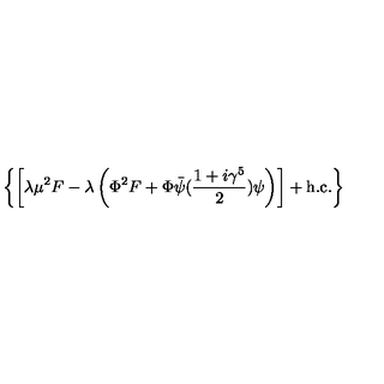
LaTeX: \left\{ \left[ \lambda \mu ^ { 2 } F - \lambda \left( \Phi ^ { 2 } F + \Phi \bar { \psi } ( { \frac { 1 + i \gamma ^ { 5 } } { 2 } } ) \psi \right) \right] + \mathrm { h . c . } \right\}